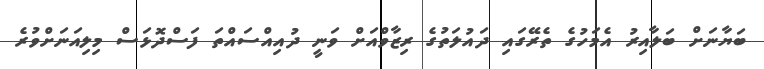
ބަޔާނަށް ބަލާއިރު އެމަހުގެ ތެރޭގައި ދައުލަތުގެ ރިޒާވްއަށް ވަނީ ދުއިއްސައްތަ ފަސްދޮޅަސް މިލިއަނަށްވުރެ